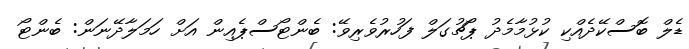
ޑެލް ބޮސްކޭދެއްކި ކުޅުމާމެދު ޕޯޗުގަލް ފަހުރުވެރިވޭ: ބެންޓޯސްޕެއިން އަށް ހަމަލާދޭނަން: ބެންޓޯ